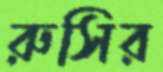
রুসির